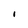
Character: i